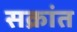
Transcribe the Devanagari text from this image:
सक्रांत